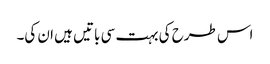
اس طرح کی بہت سی باتیں ہیں ان کی۔